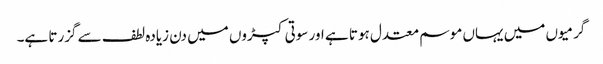
گرمیوں میں یہاں موسم معتدل ہوتا ہے اور سوتی کپڑوں میں دن زیادہ لطف سے گزرتا ہے۔